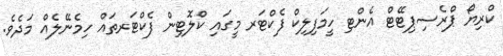
ކްރިޔޯ ޕްރެސިޕިޓޭޓް އެންޓި ހީމަފިލިކް ފެކްޓަރ މީގައި ކްލޮޓިން ފެކްޓަރތައް ހިމެނޭލެއް މަދެވެ.